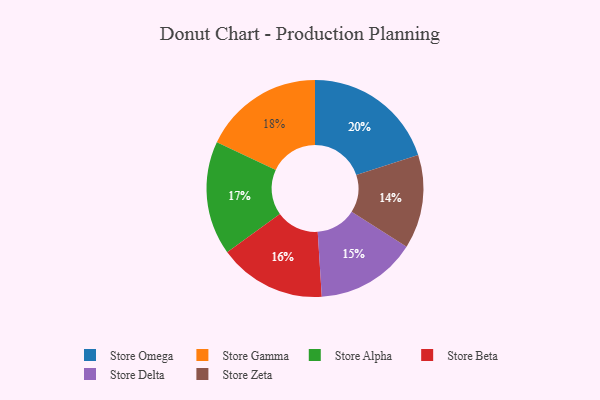
{"axis": {"x": "Category", "y": "Percentage"}, "legend": ["Store Alpha", "Store Beta", "Store Delta", "Store Gamma", "Store Omega", "Store Zeta"], "data": [{"x": "Store Gamma", "y": 18, "type": "Store Gamma"}, {"x": "Store Zeta", "y": 14, "type": "Store Zeta"}, {"x": "Store Alpha", "y": 17, "type": "Store Alpha"}, {"x": "Store Omega", "y": 20, "type": "Store Omega"}, {"x": "Store Delta", "y": 15, "type": "Store Delta"}, {"x": "Store Beta", "y": 16, "type": "Store Beta"}]}